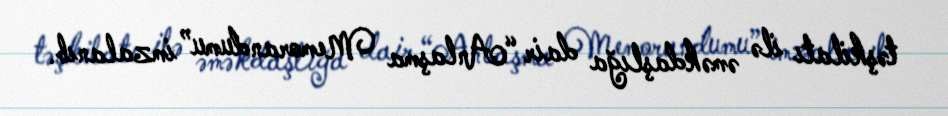
təşkilatı ilə əməkdaşlığa dair “Anlaşma Memorandumu” imzalanıb.